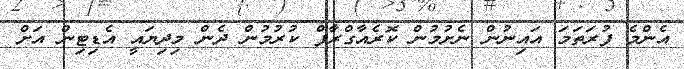
އެންމެ ފުރަތަމަ އައިނުން ނެށުމުން ކޮރެއާގްރާފް ކުރުމުން ދެން މިދިޔައީ އެޑިޓިން އަށް